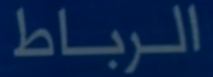
الرباط